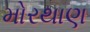
મોરથાણ